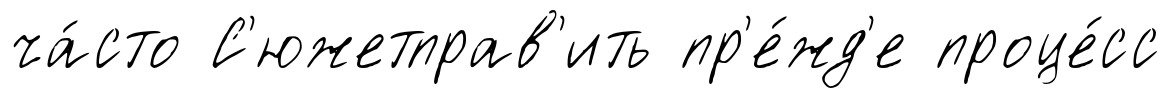
ча́сто С'южетправ'ить пр'е́жд'е проце́сс